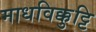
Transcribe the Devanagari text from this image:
माधविक्कुट्टि